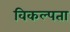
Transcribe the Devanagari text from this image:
विकल्पता